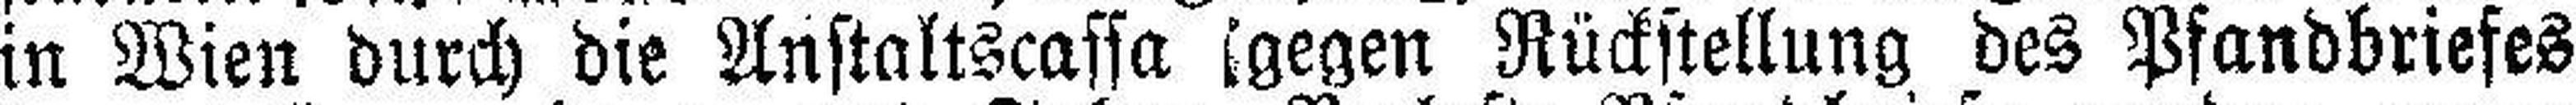
in Wien durch die Anstaltscassa gegen Rückstellung des Pfandbriefes